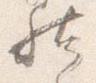
然